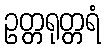
ဥတ္တရုတ္တရံ